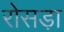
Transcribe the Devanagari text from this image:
रोसडा़